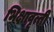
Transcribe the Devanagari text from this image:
भिक्षावृत्ती